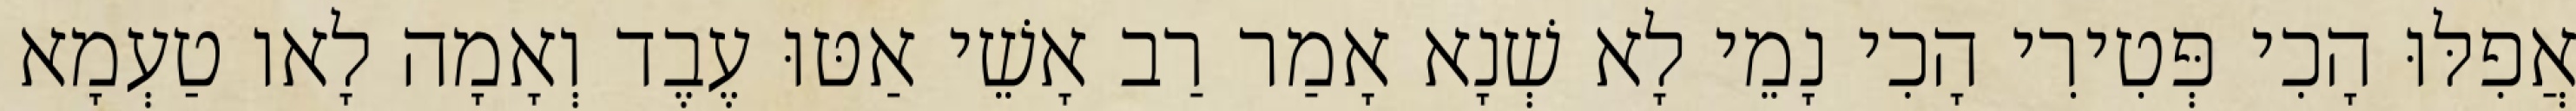
אֲפִלּוּ הָכִי פְּטִירִי הָכִי נָמֵי לָא שְׁנָא אָמַר רַב אָשֵׁי אַטּוּ עֶבֶד וְאָמָה לָאו טַעְמָא